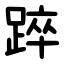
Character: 踤